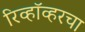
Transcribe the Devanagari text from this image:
रिव्हॉव्हरचा